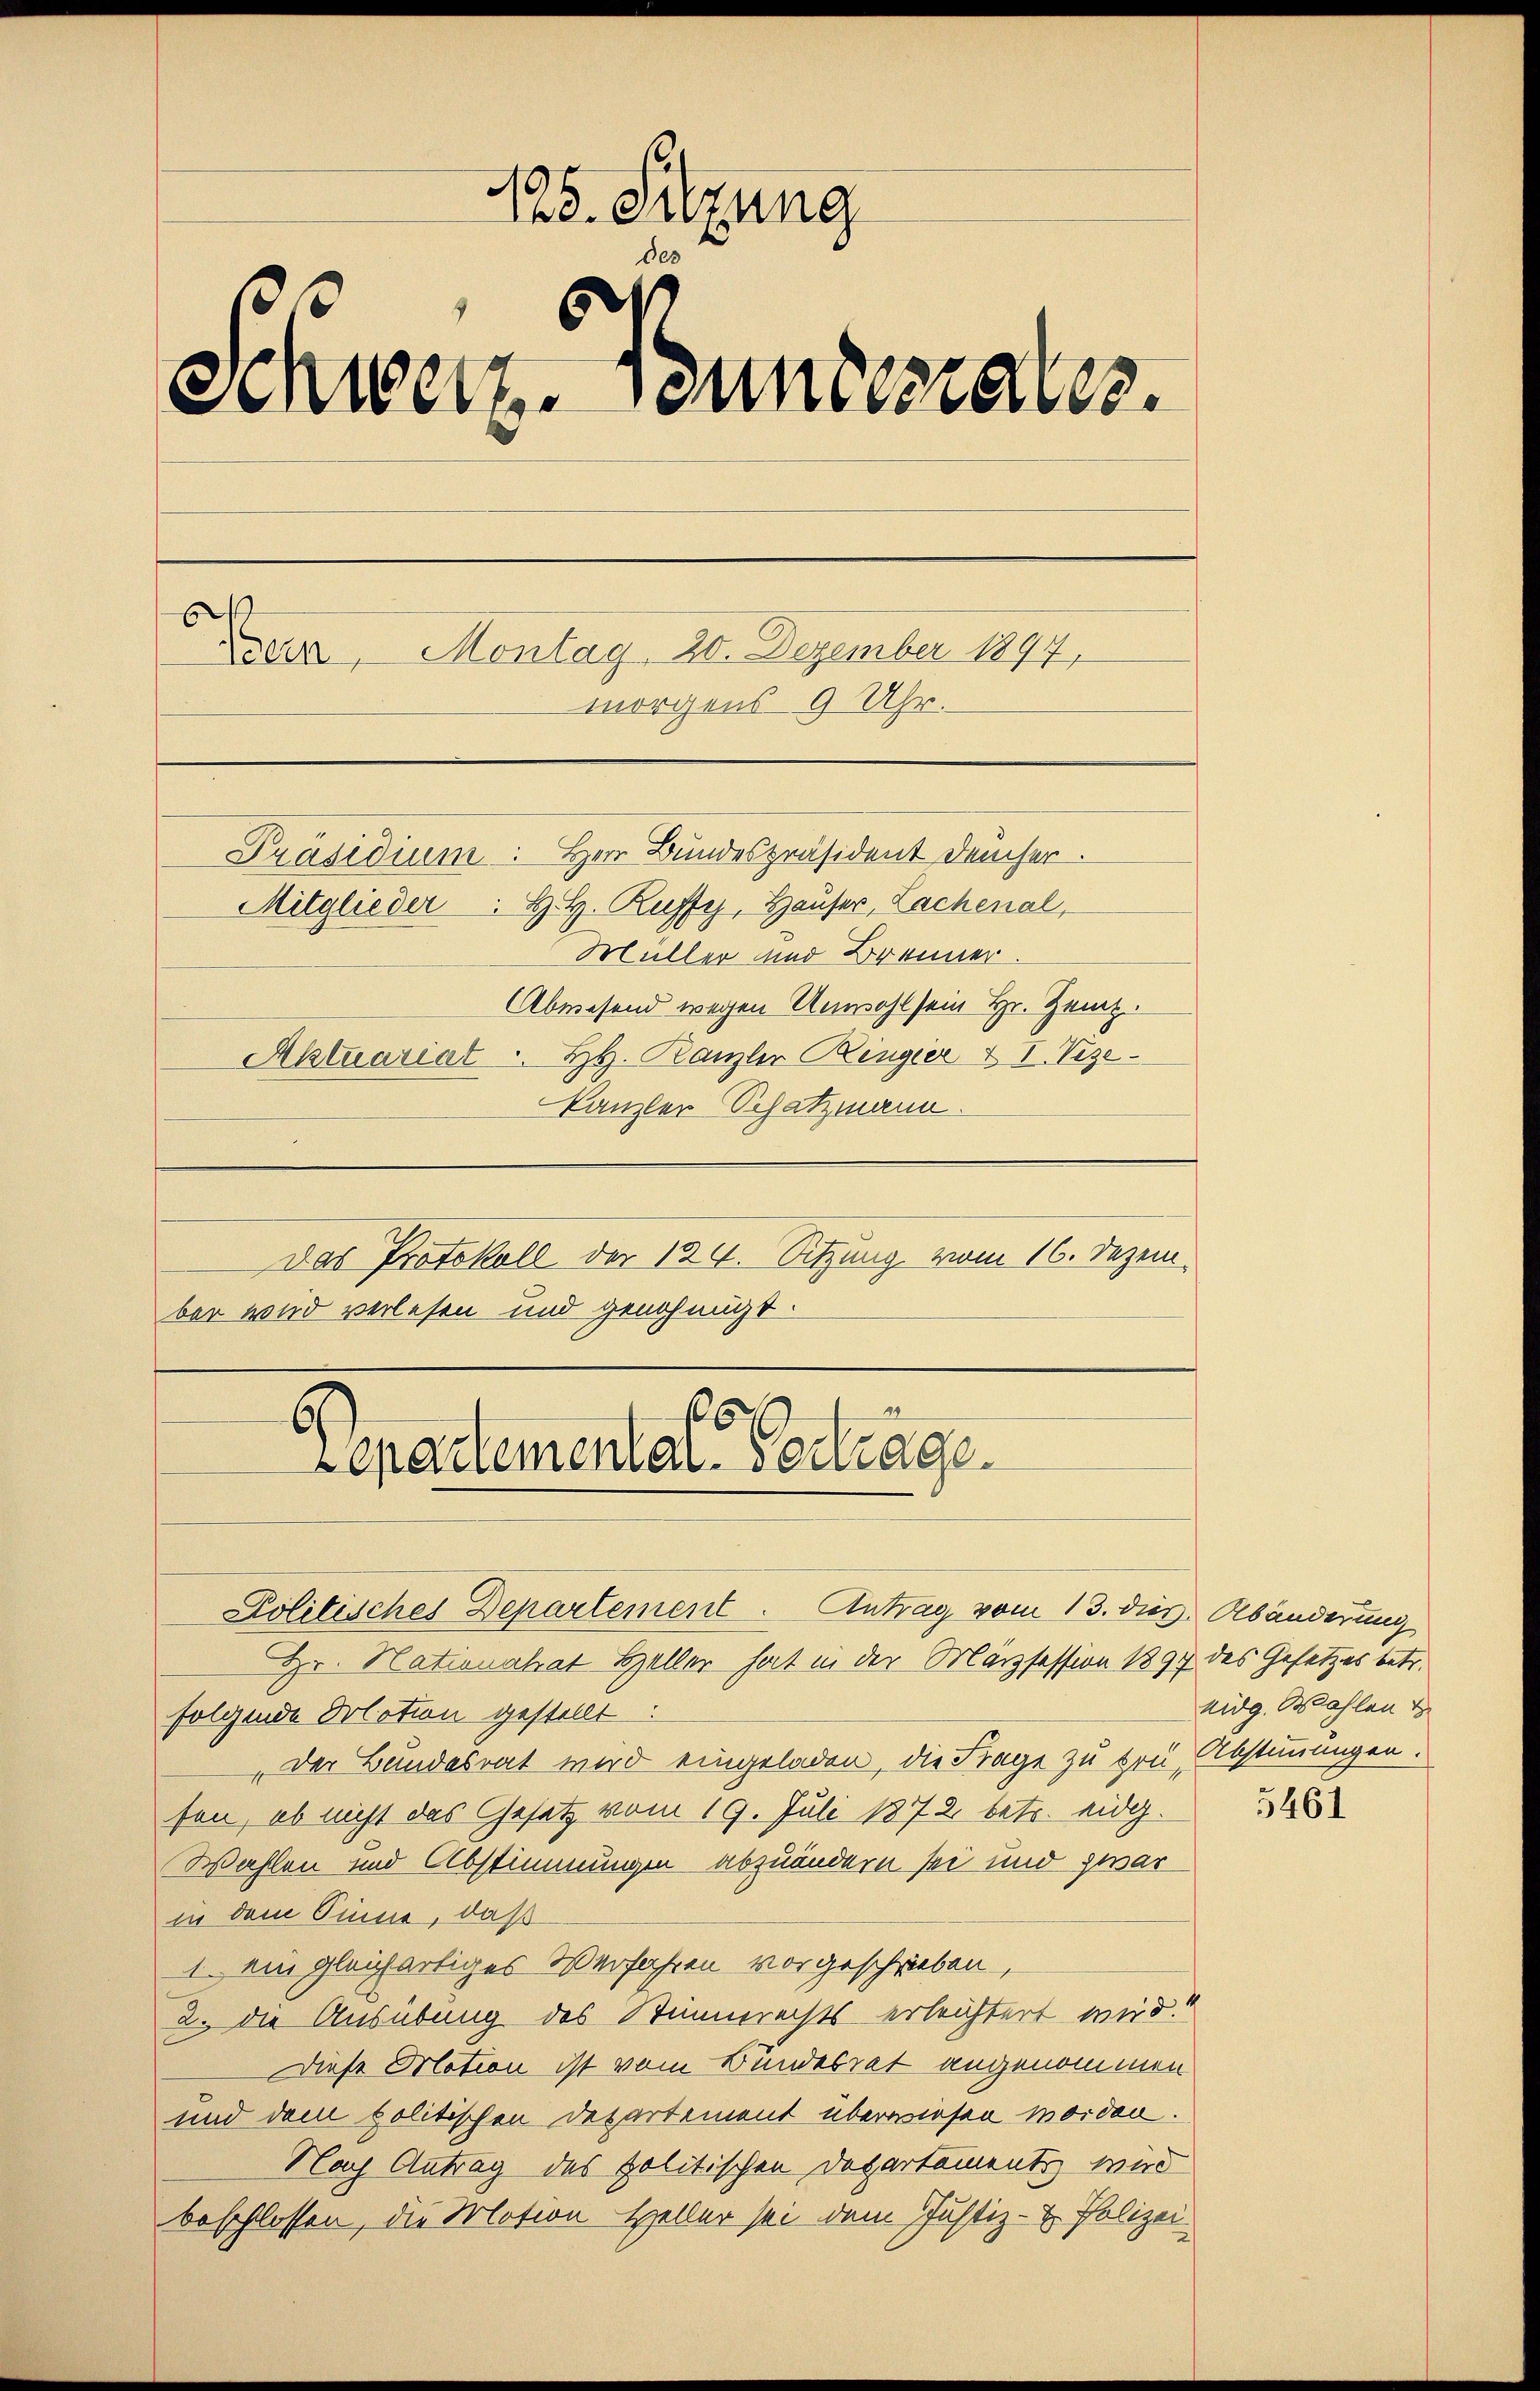
128. Sitzung
des
Schweiz. Jennerrates.
E
Auer, Montag. 20. Dezember 1897.
morgens 9 Uhr.
Präsidium: Herr Bundespräsident Deucher.
Mitglieder. H. H. Ruffy, Hauser, Lachenal,
Müller und Brenner.
Abwesend wegen Unwohl sein Hr. Zeit.
Aktuariat . H. Kanzler Ringier & 1. Vize

Kanzler Schatzmann.
Das Protokoll der 124. Sitzung vom 16. Dezember wird verlesen und genehmigt.
Hr. Nationalrat Heller hat in der Marzsession 1897 des Gesetzes betr.
folgende Dolation gestellt:
„Der Bundesrat wird eingeladen, die Frage zu trü, Abstimmungen.
fen, ob nicht das Gesetz vom 19. Juli 1872 betr. eidg.
Wahlen und Abstimmungen abzuändern sei und zwar
in dem Sinne, daß
1. ein gleichartiges Verfahren vorgeschrieben,
2. die Ausübung des Stimmerechts erleichtert wird.“
Diese Motion ist vom Bundesrat angenommen
und dem politischen Departement überwiesen worden.
Nach Antrag des politischen Departements wird
beschlossen, die Motion Heller sei dem Justiz- & Polizei

.
Separtementar-Vertrage
Politisches Departement. Antrag vom 13. dies Abänderung

eidg. Wahlen u

5461